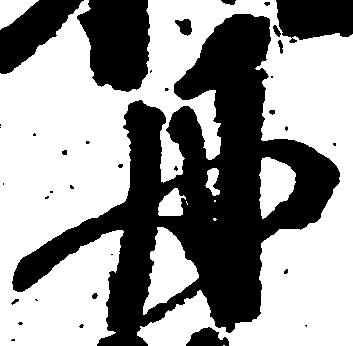
丹